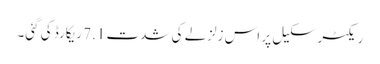
ریکٹر سکیل پر اس زلزلے کی شدت 7.1 ریکارڈ کی گئی۔